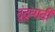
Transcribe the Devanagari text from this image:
द्वंद्ववादी